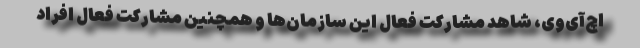
اچ‌آی‌وی، شاهد مشارکت فعال این سازمان‌ها و همچنین مشارکت فعال افراد